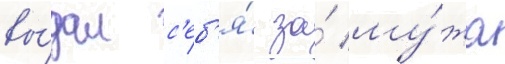
вы́дал с'еб'я́ за́ му́жа